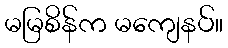
မမြစိန်က မကျေနပ်။